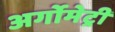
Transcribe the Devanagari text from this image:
अर्गोमेट्री